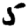
Digit: 5